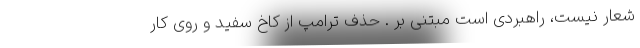
شعار نیست، راهبردی است مبتنی بر . حذف ترامپ از کاخ سفید و روی کار